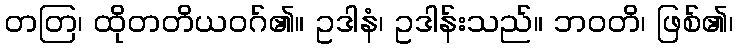
တတြ၊ ထိုတတိယဝဂ်၏။ ဥဒါနံ၊ ဥဒါန်းသည်။ ဘဝတိ၊ ဖြစ်၏၊